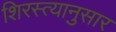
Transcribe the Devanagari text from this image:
शिरस्त्यानुसार